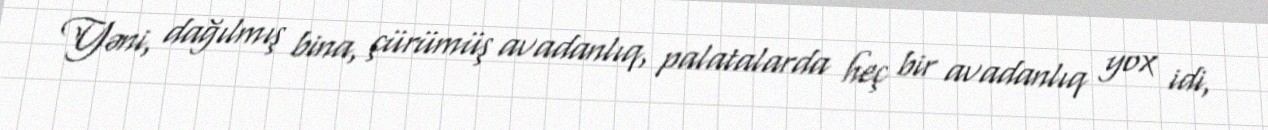
Yəni, dağılmış bina, çürümüş avadanlıq, palatalarda heç bir avadanlıq yox idi,